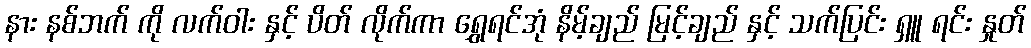
နား နစ်ဘက် ကို လက်ဝါး နှင့် ပိတ် လိုက်ကာ ရွှေရင်အုံ နိမ့်ချည် မြင့်ချည် နှင့် သက်ပြင်း ရှူ ရင်း နှုတ်